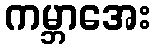
ကမ္ဘာအေး